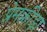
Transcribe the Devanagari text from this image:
प्रेमक्रीड़ा